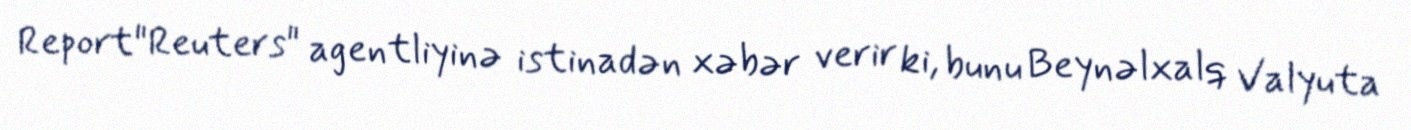
Report"Reuters" agentliyinə istinadən xəbər verir ki, bunu Beynəlxalq Valyuta